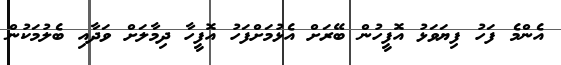
އެންމެ ފަހު ފިޔަވަޅު އޮފީހުން ބޭރަށް އެޅުމަށްފަހު އޮފީހާ ދިމާލަށް ވަދާއި ބެލުމަކުން